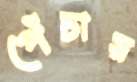
পেঁচায়